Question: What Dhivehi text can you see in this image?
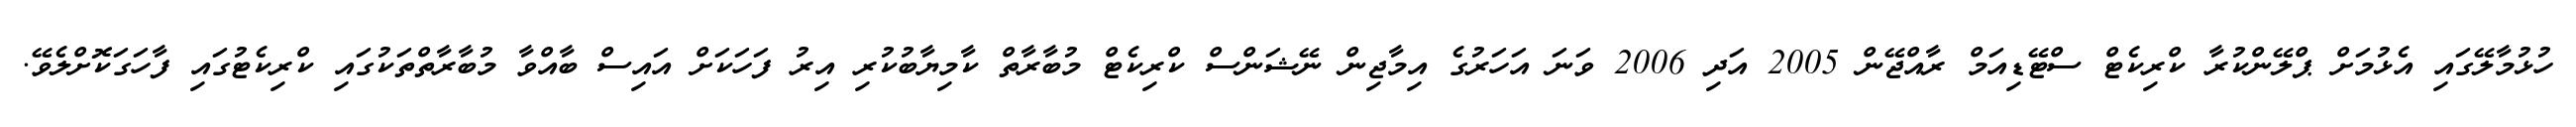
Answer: ހުޅުމާލޭގައި އެޅުމަށް ޕްލޭންކުރާ ކްރިކެޓް ސްޓޭޑިއަމް ރާއްޖޭން 2005 އަދި 2006 ވަނަ އަހަރުގެ އިމާޖިން ނޭޝަންސް ކްރިކެޓް މުބާރާތް ކާމިޔާބުކުރި އިރު ފަހަކަށް އައިސް ބާއްވާ މުބާރާތްތަކުގައި ކްރިކެޓުގައި ފާހަގަކޮށްލެވޭ.